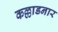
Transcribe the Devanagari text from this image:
कल्लाडनार